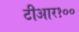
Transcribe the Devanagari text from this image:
टीआर१००